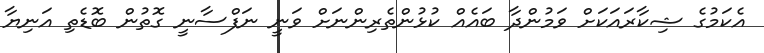
އެކަމުގެ ޝިކާރައަކަށް ވަމުންދާ ބައެއް ކުޅުންތެރިންނަށް ވަނީ ނަފްސާނީ ގޮތުން ބޮޑެތި އަނިޔާ